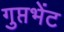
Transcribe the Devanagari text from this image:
गुप्तभेंट